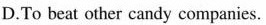
D.To beat other candy companies.